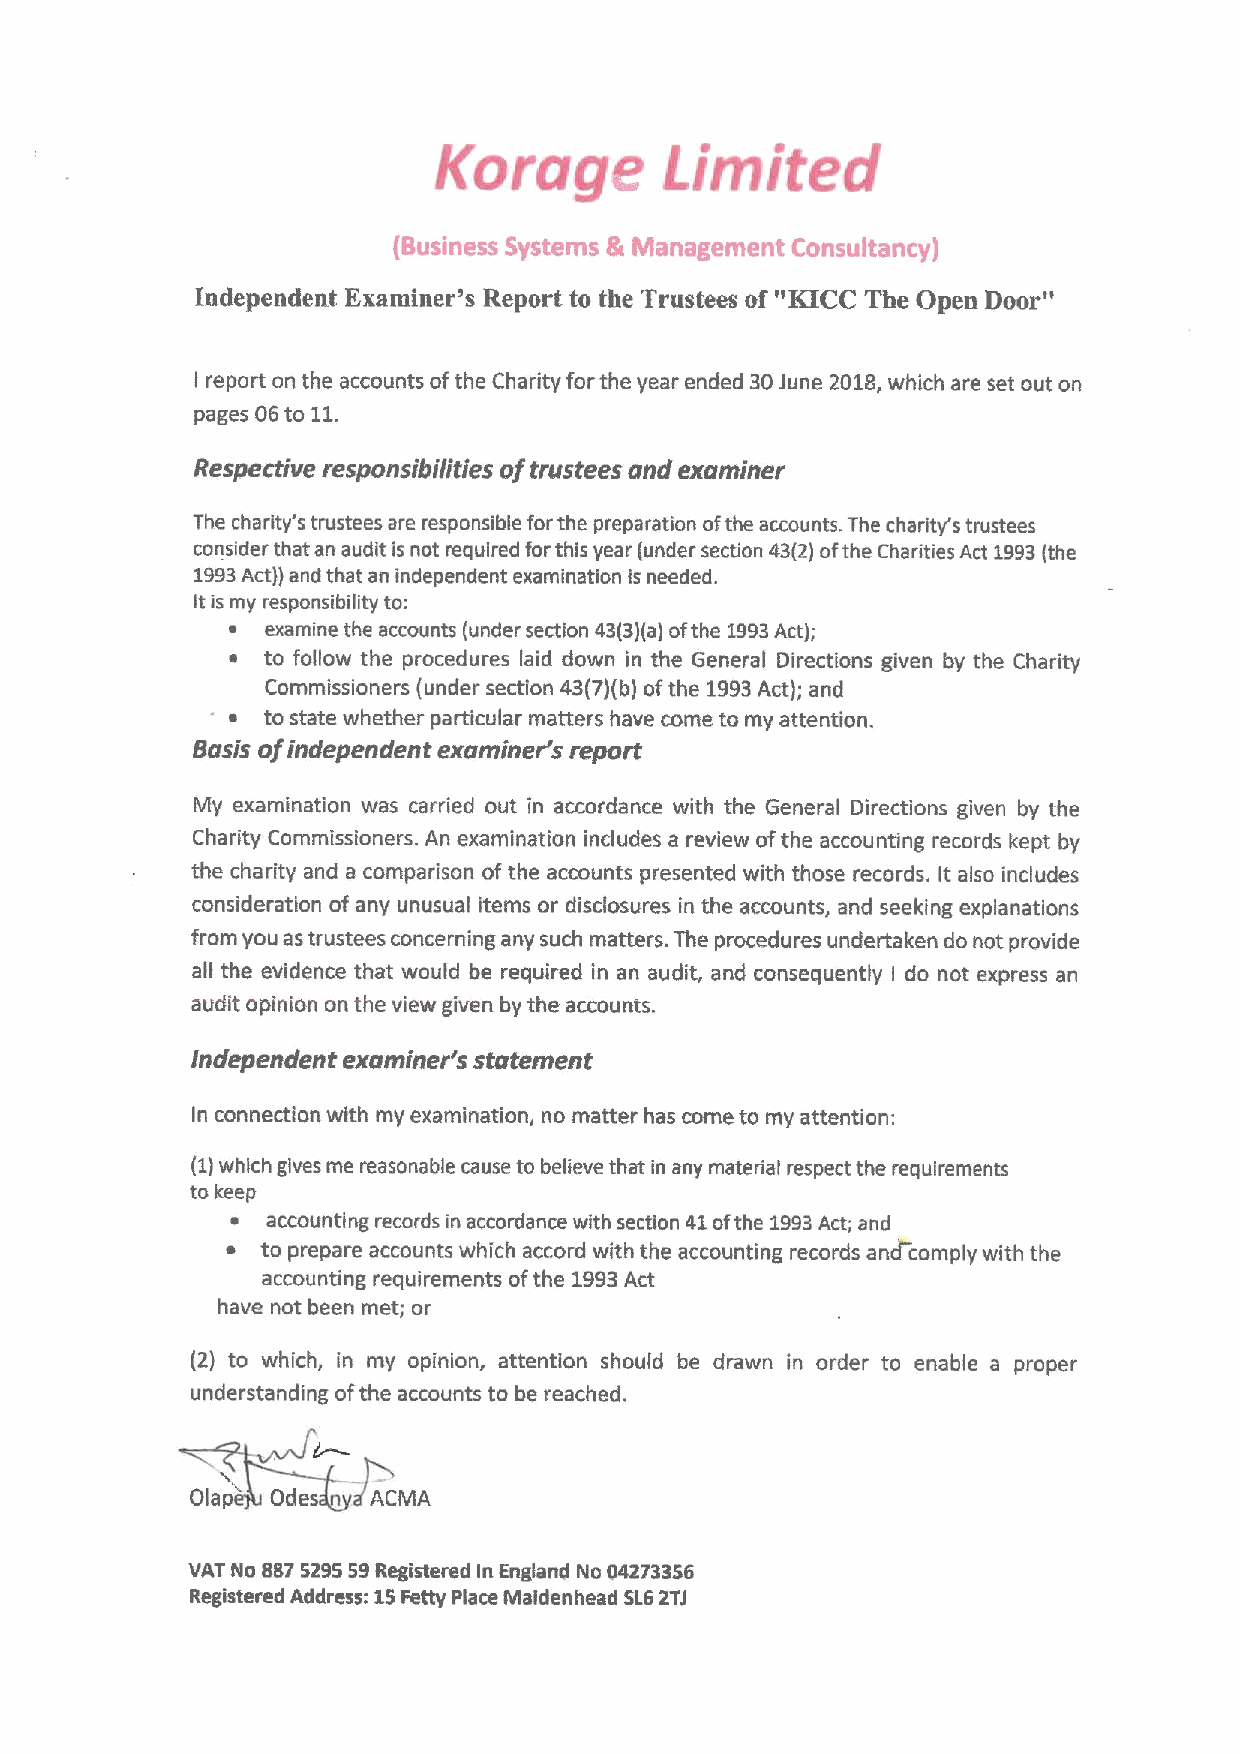
Korage         Limited
 (Business Systems &Management Consultancy)
 Independent Exarttiner's Report to the Trustees of "KICC The Open Door"
 I report on the accounts ofthe Charity for the year ended 30June 2018,which are set out on
 pages 06to 11.
 Respective responsibilities oftrustees and examiner
 The charity's trustees are responsible forthe preparation ofthe accounts. The charity's trustees
 consider that an audit is not required forthis year (under section 43(2)ofthe Charities Act 1993(the
 1993Act})and that an independent examination is needed.
 Itis my responsibility to:
 ~  examine the accounts (under section 43(3)(a)ofthe 1993Act);
 ~ to follow the procedures laid down in the General Directions given by the Charity
 Commissioners (under section 43(7)(b) ofthe 1993Act); and
 .
 ~ to state whether particular matters have come to my attention.
 Basis ofindependent examiner's report
 My examination was carried out in accordance with the General Directions given by the
 Charity Commissioners. An examination includes a review ofthe accounting records kept by
 the charity and a comparison ofthe accounts presented with those records. It also includes
 consideration of any unusual items or disdosures in the accounts, and seeking explanations
 from you as trustees concerning any such matters. The procedures undertaken do not provide
 all the evidence that would be required in an audit, and consequently do not express an
 I
 audit opinion on the view given by the accounts.
 independent examiner's statement
 In connection with my examination, no matter has come to my attention:
 (1)which gives me reasonable cause to believe that in any material respect the requirements
 to keep
 ~  accounting records in accordance with section 41ofthe 1993Act; and
 ~ to prepare accounts which accord with the accounting records and comply with the
 accounting requirements ofthe 1993Act
 have not been met; or
 (2) to which, in my opinion, attention should be drawn in order to enable a proper
 understanding oFthe accounts to be reached.
 Olap Odes 4'ACMA
 VAT No 8875295S9Registered In England No 04273356
 Registered Address: 15Petty Place Maidenhead SL62TJ